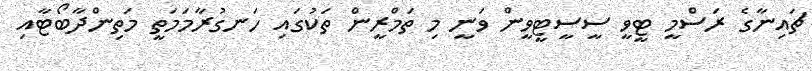
ޗައިނާގެ ރަސްމީ ޓީވީ ސީސީޓީވީން ވަނީ މި ތަމްރީން ތަކުގައި ހަނގުރާމަމަތީ މަތިންދާބޯޓާއި